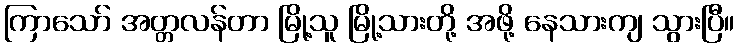
ကြာသော် အတ္တလန်တာ မြို့သူ မြို့သားတို့ အဖို့ နေသားကျ သွားပြီ။